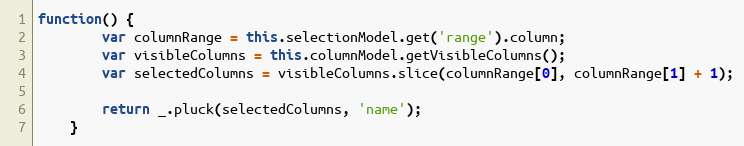
Language: JavaScript
function() {
        var columnRange = this.selectionModel.get('range').column;
        var visibleColumns = this.columnModel.getVisibleColumns();
        var selectedColumns = visibleColumns.slice(columnRange[0], columnRange[1] + 1);

        return _.pluck(selectedColumns, 'name');
    }